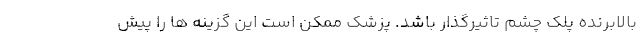
بالابرنده پلک چشم تاثیرگذار باشد. پزشک ممکن است این گزینه ها را پیش